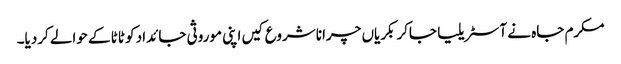
مکرم جاہ نے آسٹریلیا جاکر بکریاں چرانا شروع کیں اپنی موروثی جائداد کو ٹاٹا کے حوالے کردیا۔